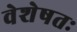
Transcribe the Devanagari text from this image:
वेशेषतः